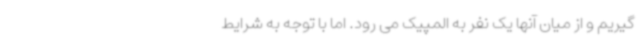
گیریم و از میان آنها یک نفر به المپیک می رود. اما با توجه به شرایط